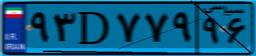
۱۳D۴۲۹۹۴